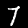
Digit: 7